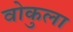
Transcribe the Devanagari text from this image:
वोकुला